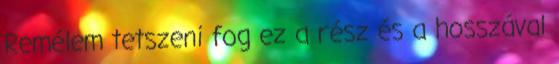
Remélem tetszeni fog ez a rész és a hosszával